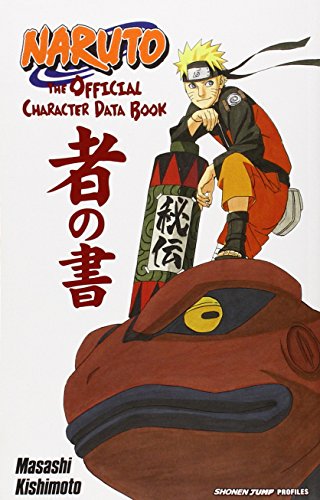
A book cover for Naruto: The Official Character Data Book; Masashi Kishimoto; Comics & Graphic Novels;